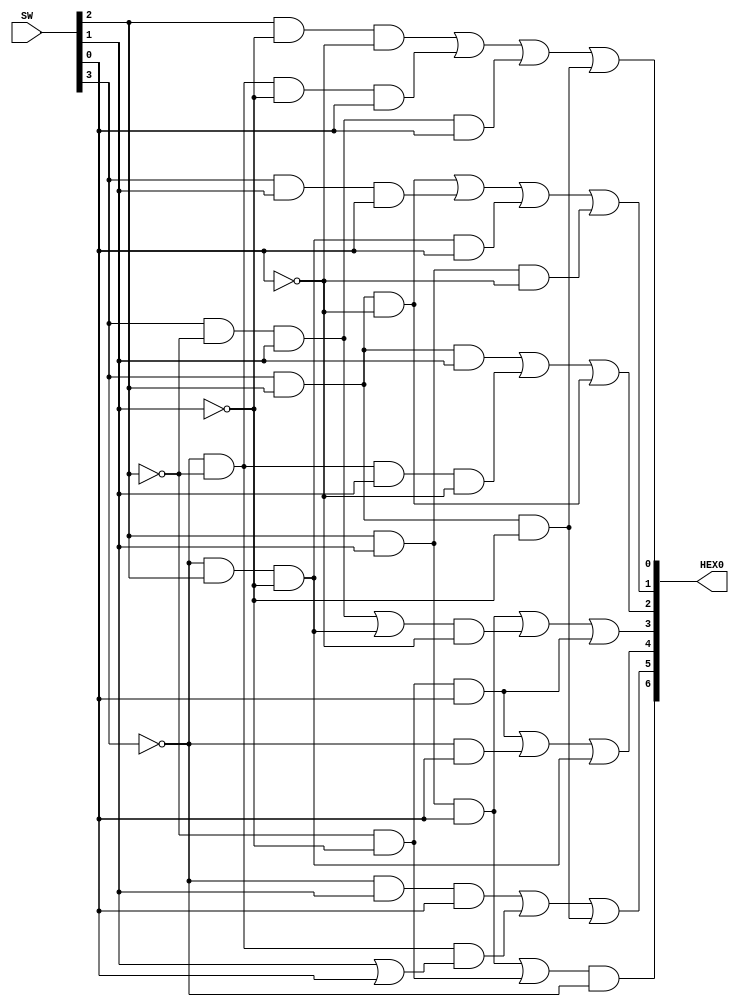
module SevenSegmentDecoderFull(
	SW,
	HEX0
);


input wire	[3:0] SW;
output wire	[6:0] HEX0;

wire	SYNTHESIZED_WIRE_54;
wire	SYNTHESIZED_WIRE_55;
wire	SYNTHESIZED_WIRE_56;
wire	SYNTHESIZED_WIRE_3;
wire	SYNTHESIZED_WIRE_4;
wire	SYNTHESIZED_WIRE_5;
wire	SYNTHESIZED_WIRE_57;
wire	SYNTHESIZED_WIRE_58;
wire	SYNTHESIZED_WIRE_12;
wire	SYNTHESIZED_WIRE_13;
wire	SYNTHESIZED_WIRE_59;
wire	SYNTHESIZED_WIRE_60;
wire	SYNTHESIZED_WIRE_16;
wire	SYNTHESIZED_WIRE_17;
wire	SYNTHESIZED_WIRE_18;
wire	SYNTHESIZED_WIRE_61;
wire	SYNTHESIZED_WIRE_62;
wire	SYNTHESIZED_WIRE_24;
wire	SYNTHESIZED_WIRE_25;
wire	SYNTHESIZED_WIRE_63;
wire	SYNTHESIZED_WIRE_37;
wire	SYNTHESIZED_WIRE_38;
wire	SYNTHESIZED_WIRE_39;
wire	SYNTHESIZED_WIRE_42;
wire	SYNTHESIZED_WIRE_43;
wire	SYNTHESIZED_WIRE_44;
wire	SYNTHESIZED_WIRE_48;
wire	SYNTHESIZED_WIRE_51;




assign	SYNTHESIZED_WIRE_61 =  ~SW[0];

assign	SYNTHESIZED_WIRE_58 =  ~SW[1];

assign	SYNTHESIZED_WIRE_56 = SYNTHESIZED_WIRE_54 & SYNTHESIZED_WIRE_55;

assign	SYNTHESIZED_WIRE_3 = SW[1] | SW[0];

assign	SYNTHESIZED_WIRE_5 = SYNTHESIZED_WIRE_56 & SYNTHESIZED_WIRE_3;

assign	HEX0[5] = SYNTHESIZED_WIRE_4 | SYNTHESIZED_WIRE_5 | SYNTHESIZED_WIRE_57;

assign	SYNTHESIZED_WIRE_59 = SYNTHESIZED_WIRE_54 & SW[2] & SYNTHESIZED_WIRE_58;

assign	SYNTHESIZED_WIRE_12 = SYNTHESIZED_WIRE_55 & SYNTHESIZED_WIRE_58 & SW[0];

assign	SYNTHESIZED_WIRE_13 = SYNTHESIZED_WIRE_54 & SW[0];

assign	HEX0[4] = SYNTHESIZED_WIRE_12 | SYNTHESIZED_WIRE_13 | SYNTHESIZED_WIRE_59;

assign	HEX0[3] = SYNTHESIZED_WIRE_60 | SYNTHESIZED_WIRE_16 | SYNTHESIZED_WIRE_17;

assign	SYNTHESIZED_WIRE_16 = SYNTHESIZED_WIRE_18 & SYNTHESIZED_WIRE_61;

assign	SYNTHESIZED_WIRE_55 =  ~SW[2];

assign	SYNTHESIZED_WIRE_18 = SYNTHESIZED_WIRE_62 | SYNTHESIZED_WIRE_59;

assign	SYNTHESIZED_WIRE_62 = SW[3] & SYNTHESIZED_WIRE_55 & SW[1];

assign	SYNTHESIZED_WIRE_63 = SW[3] & SW[2] & SYNTHESIZED_WIRE_61;

assign	SYNTHESIZED_WIRE_24 = SW[3] & SW[2] & SW[1];

assign	HEX0[2] = SYNTHESIZED_WIRE_24 | SYNTHESIZED_WIRE_25 | SYNTHESIZED_WIRE_63;

assign	SYNTHESIZED_WIRE_25 = SYNTHESIZED_WIRE_56 & SW[1] & SYNTHESIZED_WIRE_61;

assign	SYNTHESIZED_WIRE_44 = SW[2] & SW[1] & SYNTHESIZED_WIRE_61;

assign	SYNTHESIZED_WIRE_42 = SW[3] & SW[1] & SW[0];

assign	SYNTHESIZED_WIRE_43 = SYNTHESIZED_WIRE_59 & SW[0];

assign	SYNTHESIZED_WIRE_17 = SYNTHESIZED_WIRE_55 & SYNTHESIZED_WIRE_58 & SW[0];

assign	SYNTHESIZED_WIRE_54 =  ~SW[3];

assign	SYNTHESIZED_WIRE_37 = SW[2] & SYNTHESIZED_WIRE_58 & SYNTHESIZED_WIRE_61;

assign	SYNTHESIZED_WIRE_38 = SYNTHESIZED_WIRE_56 & SYNTHESIZED_WIRE_58 & SW[0];

assign	HEX0[0] = SYNTHESIZED_WIRE_37 | SYNTHESIZED_WIRE_38 | SYNTHESIZED_WIRE_39 | SYNTHESIZED_WIRE_57;

assign	HEX0[1] = SYNTHESIZED_WIRE_63 | SYNTHESIZED_WIRE_42 | SYNTHESIZED_WIRE_43 | SYNTHESIZED_WIRE_44;

assign	SYNTHESIZED_WIRE_39 = SYNTHESIZED_WIRE_62 & SW[0];

assign	SYNTHESIZED_WIRE_51 = SYNTHESIZED_WIRE_55 & SYNTHESIZED_WIRE_58;

assign	HEX0[6] = SYNTHESIZED_WIRE_48 & SYNTHESIZED_WIRE_54;

assign	SYNTHESIZED_WIRE_60 = SW[2] & SW[1] & SW[0];

assign	SYNTHESIZED_WIRE_48 = SYNTHESIZED_WIRE_60 | SYNTHESIZED_WIRE_51;

assign	SYNTHESIZED_WIRE_57 = SW[3] & SW[2] & SYNTHESIZED_WIRE_58;

assign	SYNTHESIZED_WIRE_4 = SYNTHESIZED_WIRE_54 & SW[1] & SW[0];


endmodule